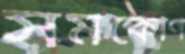
সমকোণ